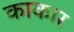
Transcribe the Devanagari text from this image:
काकार